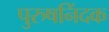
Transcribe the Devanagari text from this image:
पुरुषनिंदक